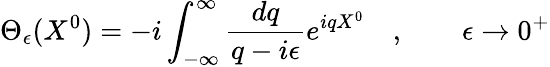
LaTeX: \Theta_{\epsilon}(X^{0})=-i\int_{-\infty}^{\infty}\frac{dq}{q-i\epsilon}e^{iqX^{0}}\quad,\qquad\epsilon\rightarrow 0^{+}